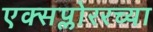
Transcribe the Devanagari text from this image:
एक्सप्लोररच्या